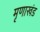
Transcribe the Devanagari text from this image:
मृणाखंड